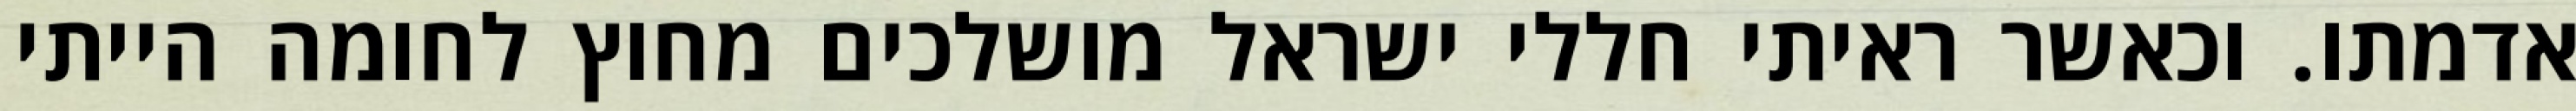
אדמתו. וכאשר ראיתי חללי ישראל מושלכים מחוץ לחומה הייתי